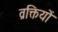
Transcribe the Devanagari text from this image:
व्रक्तियों